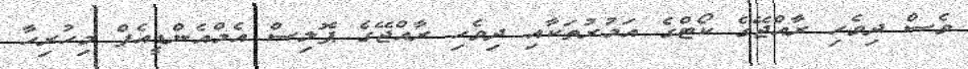
ވެސް ދިވެހި ރާއްޖޭގެ ކޯޓްގެ އަމުރުތަކާއި ދިވެހި ރާއްޖޭގެ ޕޮލިސް އެމްއެންޑީއެފް މިހުރިހާ